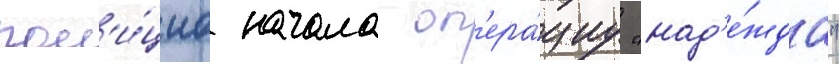
пол'и́циа начала оп'ера́циу "над'е́жда"